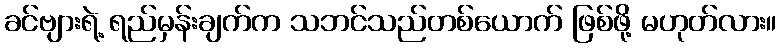
ခင်ဗျားရဲ့ ရည်မှန်းချက်က သဘင်သည်တစ်ယောက် ဖြစ်ဖို့ မဟုတ်လား။